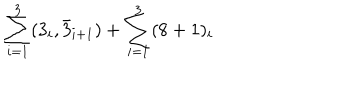
LaTeX: \sum _ { i = 1 } ^ { 3 } ( 3 _ { i } , \bar { 3 } _ { i + 1 } ) + \sum _ { i = 1 } ^ { 3 } ( 8 + 1 ) _ { i }